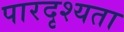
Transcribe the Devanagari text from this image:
पारदृश्यता